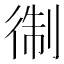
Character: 𱝱